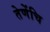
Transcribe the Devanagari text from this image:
तेणेंचि